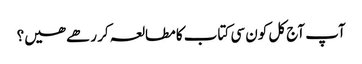
آپ آج کل کون سی کتاب کا مطالعہ کر رھے ھیں؟